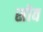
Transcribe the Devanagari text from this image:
स्रोव